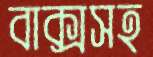
বাক্সসহ